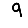
Digit: 9